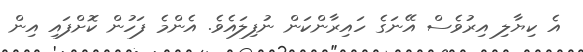
އެ ކިޔާލި އިރުވެސް އޭނަގެ ހައިރާންކަން ނުފިލައެވެ. އެންމެ ފަހުން ކޮށްފައި އިން